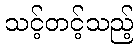
သင့်တင့်သည့်